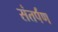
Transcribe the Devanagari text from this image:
संतर्पण